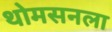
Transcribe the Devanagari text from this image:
थोमसनला